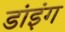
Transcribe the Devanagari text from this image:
डांइंग